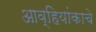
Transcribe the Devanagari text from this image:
आव्हियांकाचे